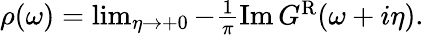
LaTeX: \begin{array}{r}{\rho(\omega)=\operatorname*{lim}_{\eta\rightarrow+0}-\frac{1}{\pi}\mathrm{Im}\, G^{\mathrm{R}}(\omega+i\eta).}\end{array}